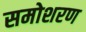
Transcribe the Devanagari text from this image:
समोशरण